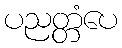
ပညတ္တံပေ